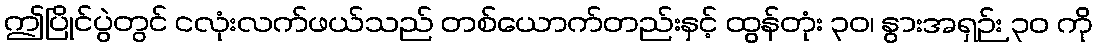
ဤပြိုင်ပွဲတွင် ငလုံးလက်ဖယ်သည် တစ်ယောက်တည်းနှင့် ထွန်တုံး ၃၀၊ နွားအရှဉ်း ၃၀ ကို